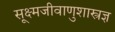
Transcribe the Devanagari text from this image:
सूक्ष्मजीवाणुशास्त्रज्ञ